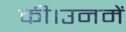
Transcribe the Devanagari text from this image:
की।उनमें